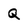
Character: Q